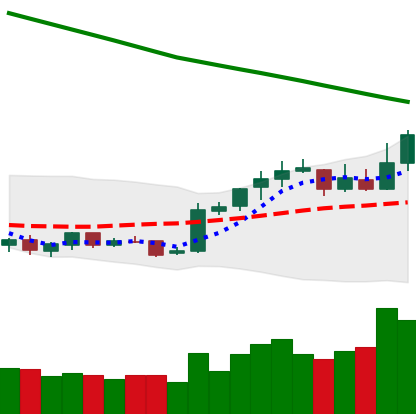
Ticker: NEO-USD
Chart end date: 2019-02-18
Forward return: 15.011%
Label: up_7plus